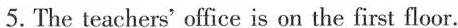
5. The teachers' office is on the first floor.